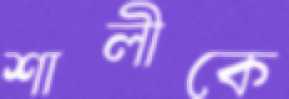
শালীকে